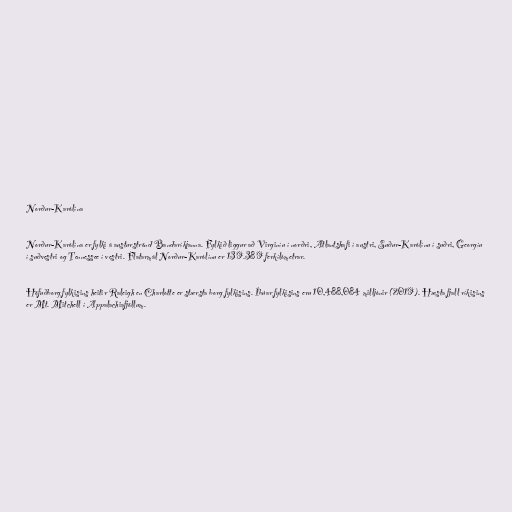
Norður-Karólína

Norður-Karólína er fylki á austurströnd Bandaríkjanna. Fylkið liggur að Virginíu í norðri, Atlantshafi í austri, Suður-Karólínu í suðri, Georgíu
í suðvestri og Tennessee í vestri. Flatarmál Norður-Karólínu er 139.389 ferkílómetrar.

Höfuðborg fylkisins heitir Raleigh en Charlotte er stærsta borg fylkisins. Íbúar fylkisins eru 10,488,084 milljónir (2019). Hæsta fjall ríkisins
er Mt. Mitchell í Appalachiafjöllum.